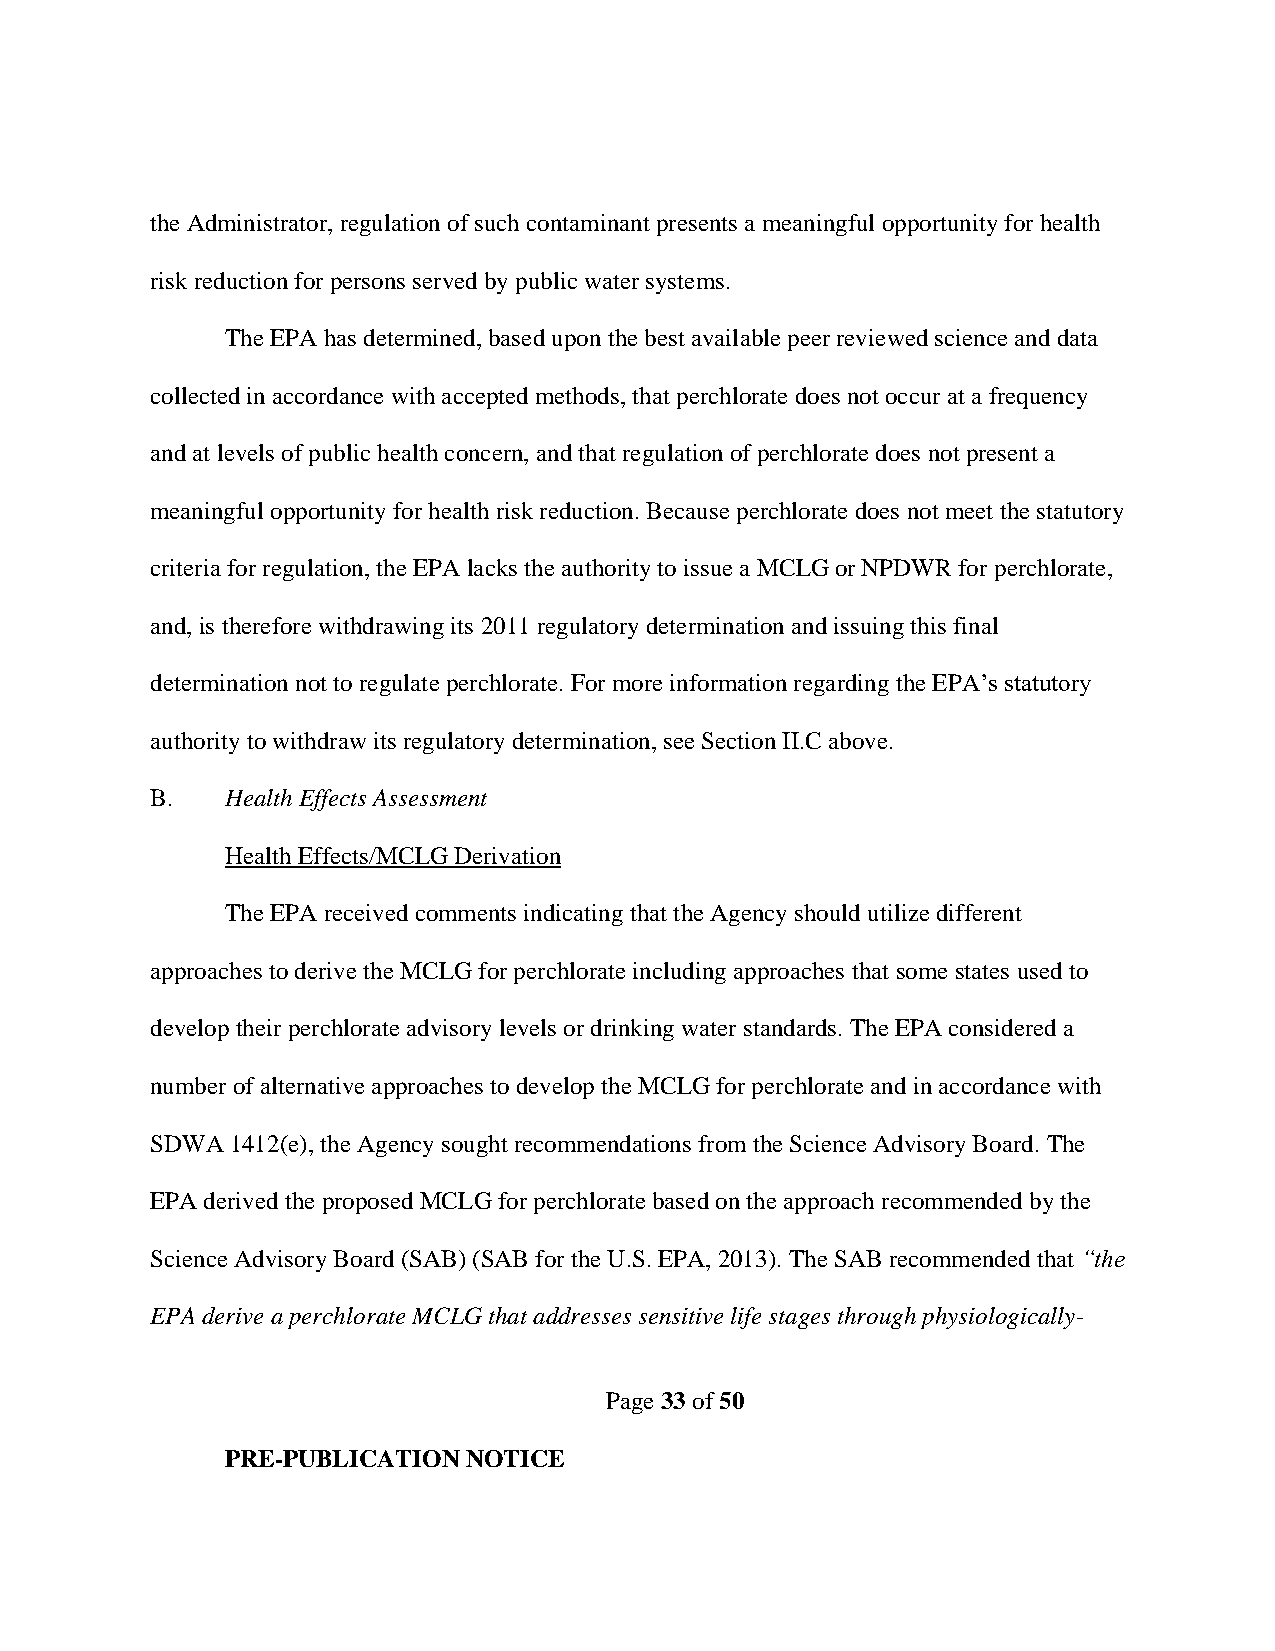
the Administrator, regulation of such contaminant presents a meaningful opportunity for health
 risk reduction for persons served by public water systems.
 The EPA has determined, based upon the best available peer reviewed science and data
 collected in accordance with accepted methods, that perchlorate does not occur at a frequency
 and at levels of public health concern, and that regulation of perchlorate does not present a
 meaningful opportunity for health risk reduction. Because perchlorate does not meet the statutory
 criteria for regulation, the EPA lacks the authority to issue a MCLG or NPDWR for perchlorate,
 and, is therefore withdrawing its 2011 regulatory determination and issuing this final
 determination not to regulate perchlorate. For more information regarding the EPA’s statutory
 authority to withdraw its regulatory determination, see Section II.C above.
 B.   Health Effects Assessment
 Health Effects/MCLG Derivation
 The EPA received comments indicating that the Agency should utilize different
 approaches to derive the MCLG for perchlorate including approaches that some states used to
 develop their perchlorate advisory levels or drinking water standards. The EPA considered a
 number of alternative approaches to develop the MCLG for perchlorate and in accordance with
 SDWA 1412(e), the Agency sought recommendations from the Science Advisory Board. The
 EPA derived the proposed MCLG for perchlorate based on the approach recommended by the
 Science Advisory Board (SAB) (SAB for the U.S. EPA, 2013). The SAB recommended that “the
 EPA derive a perchlorate MCLG that addresses sensitive life stages through physiologically-
 Page 33 of 50
 PRE-PUBLICATION NOTICE